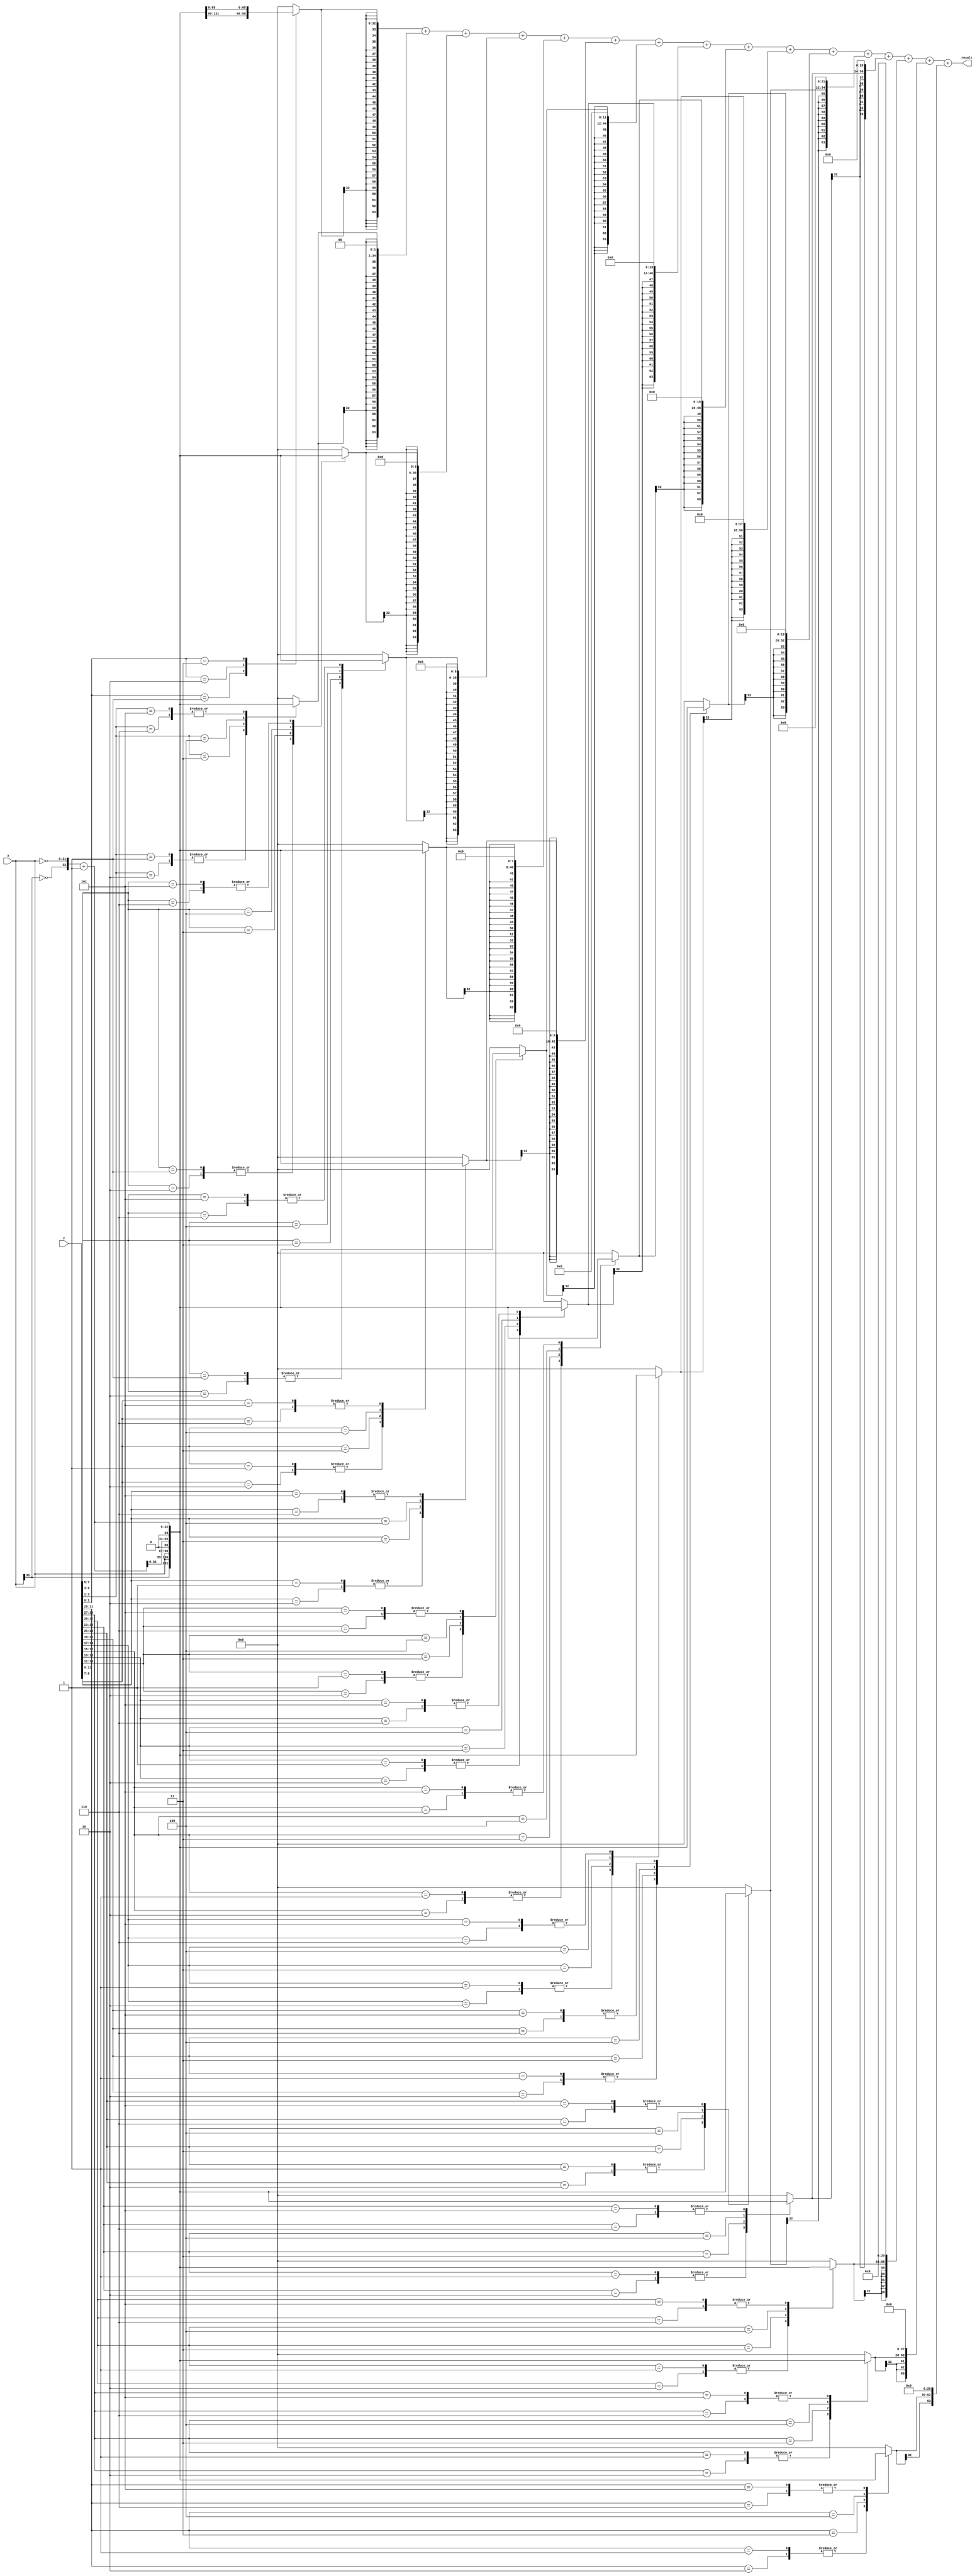
module boothmult(result, X, Y);

output [32*2-1:0] result;
input signed [31:0] X, Y;

	reg [2:0] cc[(32 / 2)-1:0];
	reg [32:0] pp[(32 / 2)-1:0];
	reg [32*2-1:0] spp[(32 / 2)-1:0];
	reg [32*2-1:0] product;
	wire [32:0] inv_X;
	integer k,i;

	assign inv_X = {~X[31], ~X} + 1;

	always @ (X or Y or inv_X)
	begin
		cc[0] = {Y[1],Y[0],1'b0};

		for(k=1;k<(32 / 2);k=k+1)
			cc[k] = {Y[2*k+1], Y[2*k], Y[2*k-1]};

		for(k=0;k<(32 / 2);k=k+1)
		begin
			case(cc[k])
				3'b001 , 3'b010 : pp[k] = {X[32-1],X};
				3'b011 : pp[k] = {X,1'b0};
				3'b100 : pp[k] = {inv_X[32-1:0],1'b0};
				3'b101 , 3'b110 : pp[k] = inv_X;
				default : pp[k] = 0;
			endcase

			spp[k] = $signed(pp[k]);

			for(i=0;i<k;i=i+1)
				spp[k] = {spp[k],2'b00}; // multiply by 2 to the power x or shifting operation
		end

		product = spp[0];

		for(k=1;k<(32 / 2);k=k+1)
			product = product + spp[k];
	end

	assign result = product;

endmodule